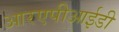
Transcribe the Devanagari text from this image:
आरएपीआईडी